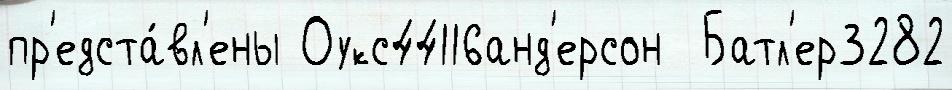
пр'едста́вл'ены Оукс44116анд'ерсон  Батл'ер3282